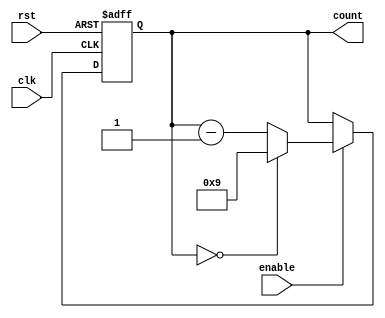
module BCD_Down_Counter (
  input wire clk,
  input wire rst,
  input wire enable,
  output reg [3:0] count
);

always @ (posedge clk or posedge rst)
begin
  if (rst)
    count <= 4'b1001; // Initialize counter to 9
  else if (enable)
  begin
    if(count == 4'b0000)
      count <= 4'b1001; // Reset to 9
    else
      count <= count - 1; // Decrement counter
  end
end

endmodule